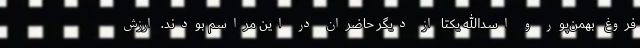
فروغ بهمن‌پور و اسدالله یکتا از دیگر حاضران در این مراسم بودند. ارزش